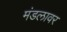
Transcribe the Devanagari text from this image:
मंडलावर